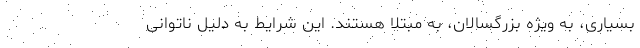
بسیاری، به ویژه بزرگسالان، به مبتلا هستند. این شرایط به دلیل ناتوانی